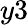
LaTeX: y3